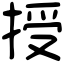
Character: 授